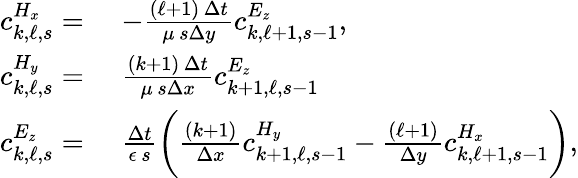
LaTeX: \begin{array}{rl}{c_{k,\ell,s}^{H_{x}}=}&{\, \, -\frac{(\ell+1)\, \Delta t}{\mu\, s\Delta y}c_{k,\ell+1,s-1}^{E_{z}},}\\ {c_{k,\ell,s}^{H_{y}}=}&{\, \, \frac{(k+1)\, \Delta t}{\mu\, s\Delta x}c_{k+1,\ell,s-1}^{E_{z}}}\\ {c_{k,\ell,s}^{E_{z}}=}&{\, \, \frac{\Delta t}{\epsilon\, s}\bigg(\frac{(k+1)}{\Delta x}c_{k+1,\ell,s-1}^{H_{y}}-\frac{(\ell+1)}{\Delta y}c_{k,\ell+1,s-1}^{H_{x}}\bigg),}\end{array}